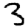
Digit: 3